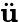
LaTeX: \ddot{\mathbf{u}}